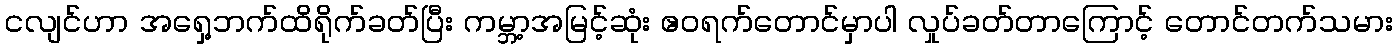
ငလျင်ဟာ အရှေ့ဘက်ထိရိုက်ခတ်ပြီး ကမ္ဘာ့အမြင့်ဆုံး ဧဝရက်တောင်မှာပါ လှုပ်ခတ်တာကြောင့် တောင်တက်သမား